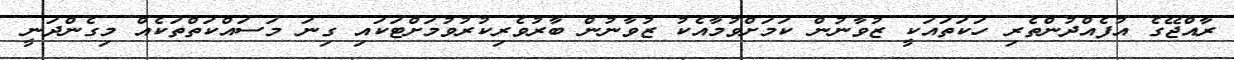
ރާއްޖޭގެ އުފެއްދުންތެރި ހަކަތައަކީ ޒުވާނުން ކަމަށްވުމާއެކު ޒުވާނުން ބާރުވެރިކުރުވުމަށްޓަކައި ގިނަ މަސައްކަތްތަކެއް މިގެންދަނީ